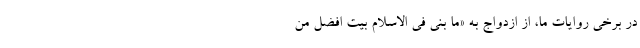
در برخی روایات ما، از ازدواج به «ما بُنی فی الاسلام بیت افضلُ مِن